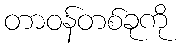
တာဝန်တစ်ခုကို